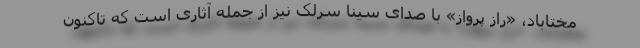
مختاباد، «راز پرواز» با صدای سینا سرلک نیز از جمله آثاری است که تاکنون